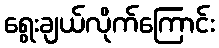
ရွေးချယ်လိုက်ကြောင်း